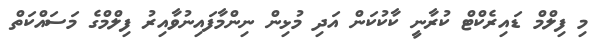
މި ފިލްމް ޑައިރެކްޓް ކުރާނީ ކާކުކަން އަދި މުޅިން ނިންމާފައިނުވާއިރު ފިލްމްގެ މަސައްކަތް